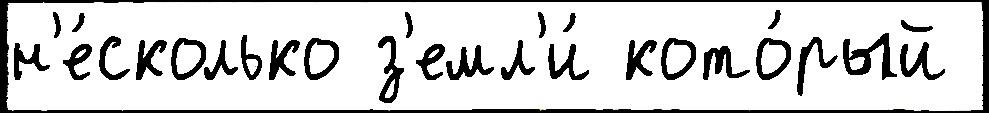
н'е́сколько з'емл'и́ кото́рый